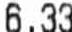
6.33